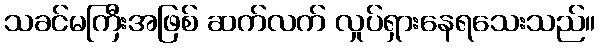
သခင်မကြီးအဖြစ် ဆက်လက် လှုပ်ရှားနေရသေးသည်။